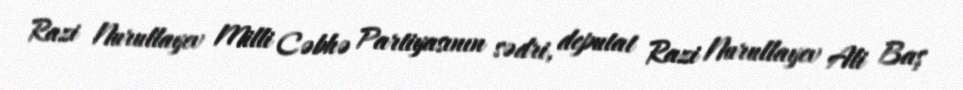
Razi Nurullayev Milli Cəbhə Partiyasının sədri, deputat Razi Nurullayev Ali Baş